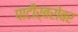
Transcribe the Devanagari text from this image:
पाटीर्बरोबर